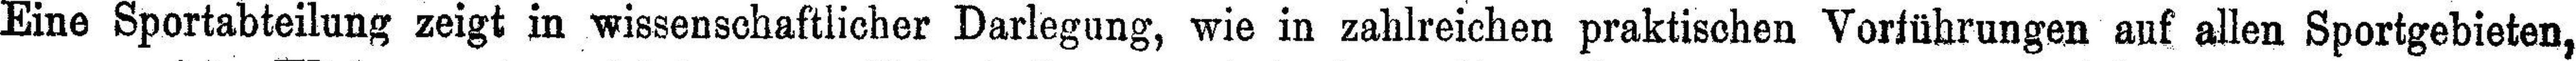
Eine Sportabteilung zeigt in wissenschaftlicher Darlegung, wie in zahlreichen praktischen Vorführungen auf allen Sportgebieten,